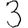
Digit: 3